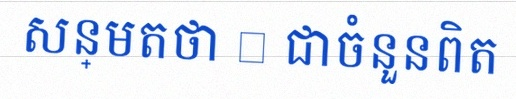
សន្មតថា x ជាចំនួនពិត